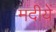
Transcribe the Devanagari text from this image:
मदीयें